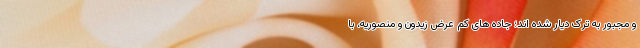
و مجبور به ترک دیار شده اند؛ جاده های کم عرض زیدون و منصوریه، با